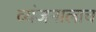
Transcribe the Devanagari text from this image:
व्यंजनालाच